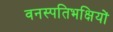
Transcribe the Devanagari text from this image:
वनस्पतिभक्षियों